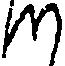
つ